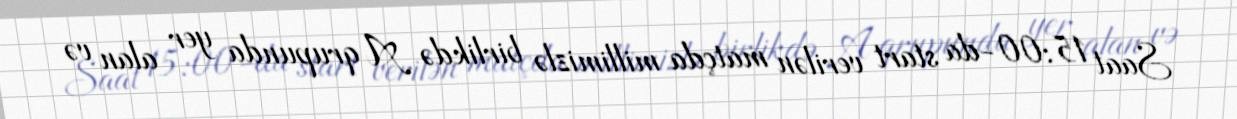
Saat 15:00-da start verilən matçda millimizlə birlikdə A qrupunda yer alan və